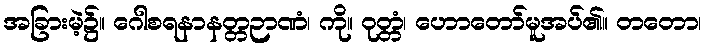
အခြားမဲ့၌။ ဂေါစရနာနတ္တဉာဏံ၊ ကို။ ဝုတ္တံ၊ ဟောတော်မူအပ်၏။ တတော၊